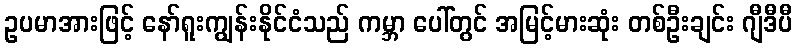
ဥပမာအားဖြင့် နော်ရူးကျွန်းနိုင်ငံသည် ကမ္ဘာ ပေါ်တွင် အမြင့်မားဆုံး တစ်ဦးချင်း ဂျီဒီပီ